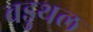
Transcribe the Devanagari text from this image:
वडुथल